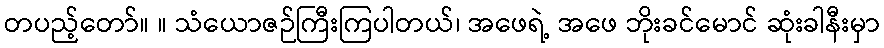
တပည့်တော်။ ။ သံယောဇဉ်ကြီးကြပါတယ်၊ အဖေရဲ့ အဖေ ဘိုးခင်မောင် ဆုံးခါနီးမှာ